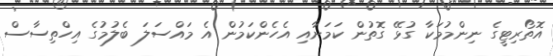
އޮތޯރިޓީގެ ނިންމުމަކާ ގުޅޭ ގޮތުން ކަމަށާއި އެހެންކަމުން އެ މައްސަލަ ބެލުމުގެ އިހްތިސާސް